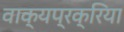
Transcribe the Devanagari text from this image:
वाक्यप्रक्रिया